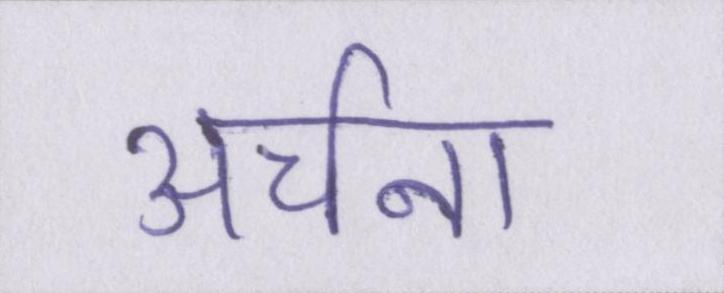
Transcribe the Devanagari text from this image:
अर्चना